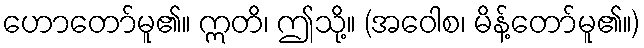
ဟောတော်မူ၏။ ဣတိ၊ ဤသို့။ (အဝေါစ၊ မိန့်တော်မူ၏။)